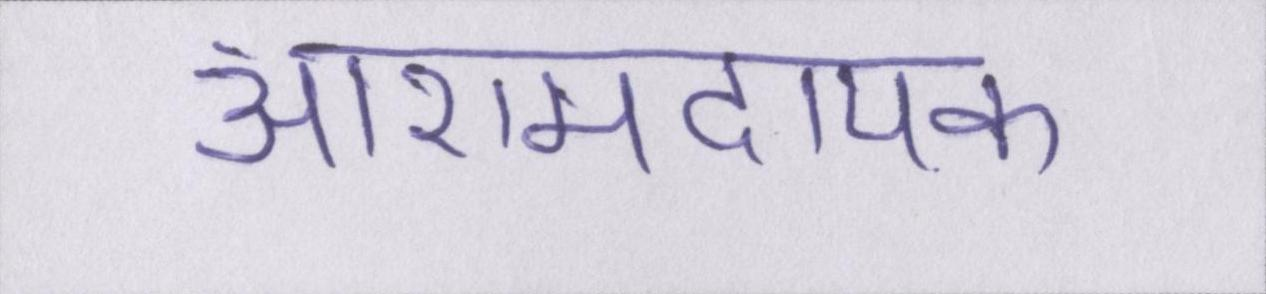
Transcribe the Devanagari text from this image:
आरामदायक